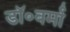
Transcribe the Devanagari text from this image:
डॉ॰वर्मा